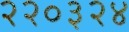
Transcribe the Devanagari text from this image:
२२०३२४